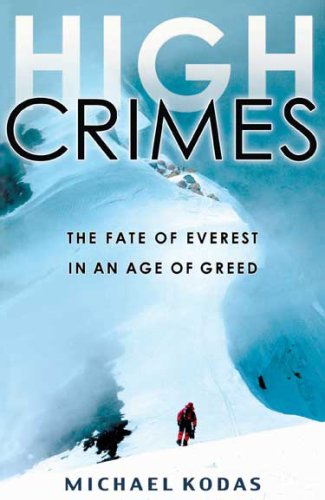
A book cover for High Crimes: The Fate of Everest in an Age of Greed; Michael Kodas; Science & Math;